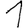
Digit: 1